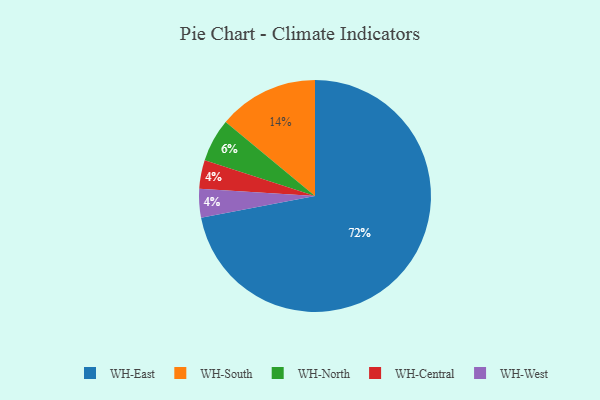
{"axis": {"x": "Category", "y": "Percentage"}, "legend": ["WH-Central", "WH-East", "WH-North", "WH-South", "WH-West"], "data": [{"x": "WH-Central", "y": 4, "type": "WH-Central"}, {"x": "WH-West", "y": 4, "type": "WH-West"}, {"x": "WH-East", "y": 72, "type": "WH-East"}, {"x": "WH-South", "y": 14, "type": "WH-South"}, {"x": "WH-North", "y": 6, "type": "WH-North"}]}